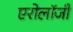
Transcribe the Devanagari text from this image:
एरोलॉजी